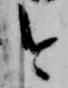
令